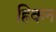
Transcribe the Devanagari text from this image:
हिकन